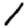
Digit: 1